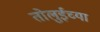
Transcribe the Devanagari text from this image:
तोलुईच्या